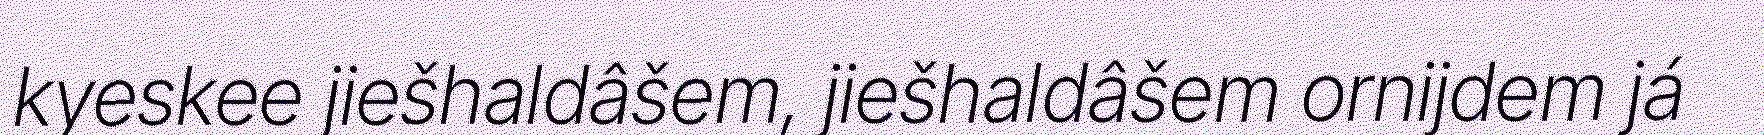
kyeskee jiešhaldâšem, jiešhaldâšem ornijdem já